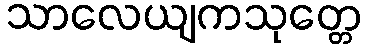
သာလေယျကသုတ္တေ